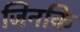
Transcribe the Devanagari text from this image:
जिनकि